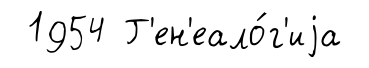
1954 Г'ен'еало́г'иjа